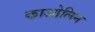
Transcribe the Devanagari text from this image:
काओलिन